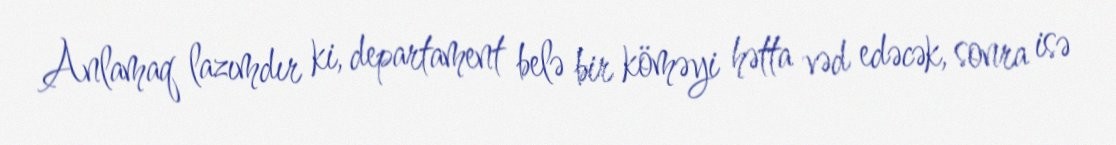
Anlamaq lazımdır ki, departament belə bir köməyi hətta vəd edəcək, sonra isə